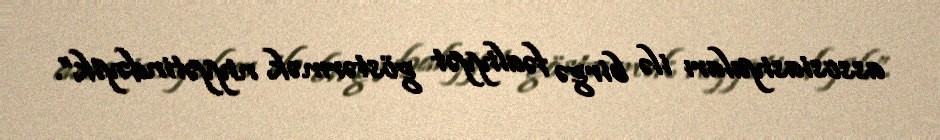
assosiasiyaları ilə birgə fəaliyyət göstərmək niyyətindəyik”.